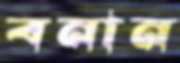
বনান